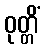
ဝုတ္တိံ